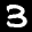
Label: 3